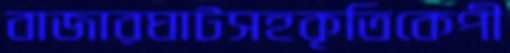
বাজারঘাটসহকৃতিকেপী